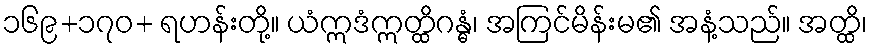
၁၆၉+၁၇၀+ ရဟန်းတို့။ ယံဣဒံဣတ္ထိဂန္ဓံ၊ အကြင်မိန်းမ၏ အနံ့သည်။ အတ္ထိ၊